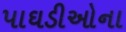
પાઘડીઓના